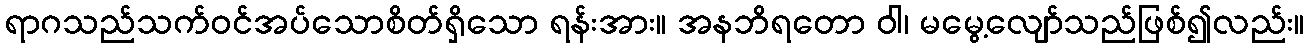
ရာဂသည်သက်ဝင်အပ်သောစိတ်ရှိသော ရန်းအား။ အနဘိရတော ဝါ၊ မမွေ့လျော်သည်ဖြစ်၍လည်း။